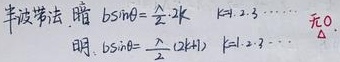
半波带法：
暗纹：\(b\sin\theta=\frac{\lambda}{2}\times2k\)，\(k = 1,2,3,\cdots\) （无附加条件\(\Delta\)）
明纹：\(b\sin\theta=\frac{\lambda}{2}(2k + 1)\)，\(k = 1,2,3,\cdots\) （无附加条件\(\Delta\)）